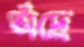
অঁদ্রে